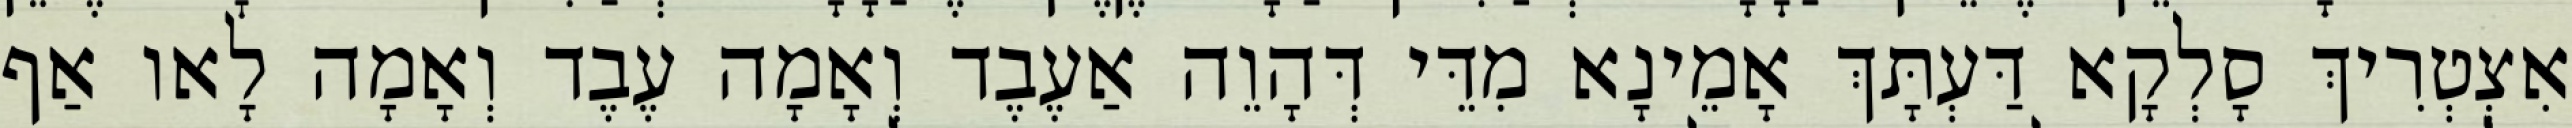
אִצְטְרִיךְ סָלְקָא דַּעְתָּךְ אָמֵינָא מִדֵּי דְּהָוֵה אַעֶבֶד וְאָמָה עֶבֶד וְאָמָה לָאו אַף